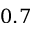
0 . 7